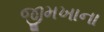
જીમખાના